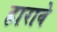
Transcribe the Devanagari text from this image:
हारावे